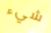
شيء